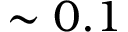
\sim 0 . 1